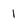
Character: 1